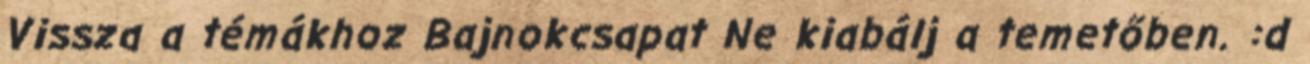
Vissza a témákhoz Bajnokcsapat Ne kiabálj a temetőben. :d